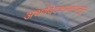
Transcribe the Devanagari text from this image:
अथर्ववेदकालापासून